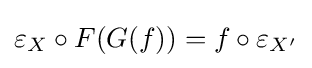
\varepsilon _{X}\circ F(G(f))=f\circ \varepsilon _{X'}